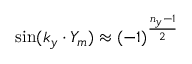
\sin ( k _ { y } \cdot Y _ { m } ) \approx ( - 1 ) ^ { \frac { n _ { y } - 1 } { 2 } }